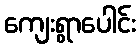
ကျေးရွာပေါင်း